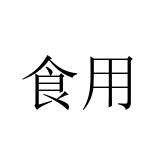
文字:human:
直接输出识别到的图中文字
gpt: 食用